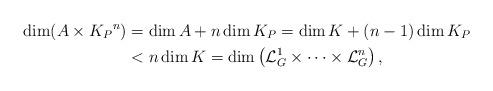
LaTeX: \begin{align*}\dim(A\times{K_{P}}^{n}) & =\dim A+n\dim K_{P}=\dim K+(n-1)\dim K_{P}\\ & <n\dim K=\dim\left(\mathcal{L}_{G}^{1}\times\cdots\times\mathcal{L}_{G}^{n}\right),\end{align*}